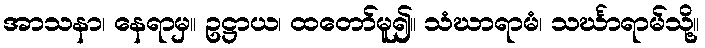
အာသနာ၊ နေရာမှ။ ဥဋ္ဌာယ၊ ထတော်မူ၍။ သံဃာရာမံ၊ သင်္ဃာရာမ်သို့။